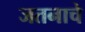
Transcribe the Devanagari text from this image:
जतनाचे